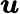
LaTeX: \boldsymbol{\mathit{u}}